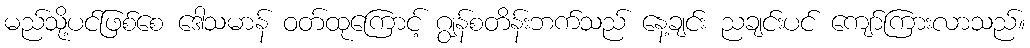
မည်သို့ပင်ဖြစ်စေ ဒေါသမာန် ဝတ်ထုကြောင့် ဂျွန်စတိန်းဘက်သည် နေ့ချင်း ညချင်းပင် ကျော်ကြားလာသည်။